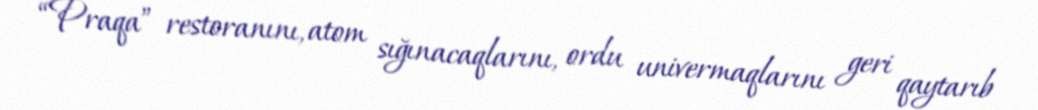
“Praqa” restoranını, atom sığınacaqlarını, ordu univermaqlarını geri qaytarıb